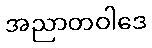
အညာတဝါဒေ